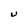
Character: U